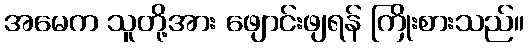
အမေက သူတို့အား ဖျောင်းဖျရန် ကြိုးစားသည်။